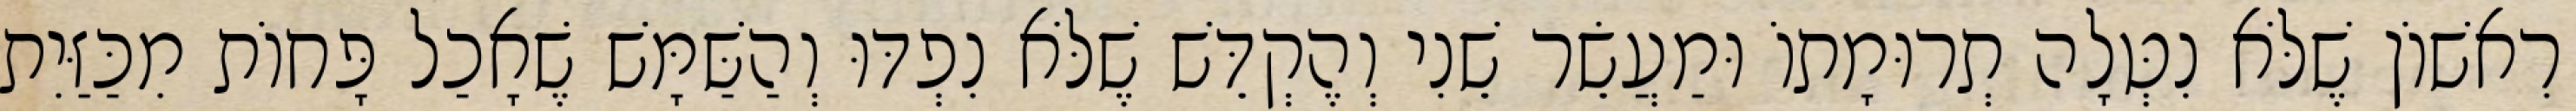
רִאשׁוֹן שֶׁלֹּא נִטְּלָה תְרוּמָתוֹ וּמַעֲשֵׂר שֵׁנִי וְהֶקְדֵּשׁ שֶׁלֹּא נִפְדּוּ וְהַשַּׁמָּשׁ שֶׁאָכַל פָּחוֹת מִכַּזַּיִת